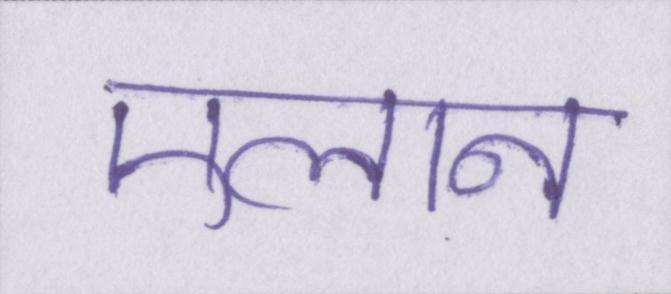
एलान